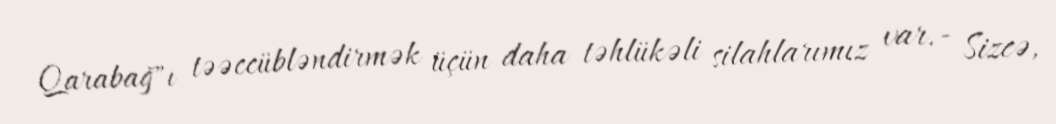
Qarabağ"ı təəccübləndirmək üçün daha təhlükəli silahlarımız var.- Sizcə,